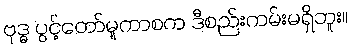
ဗုဒ္ဓ ပွင့်တော်မူကာစက ဒီစည်းကမ်းမရှိဘူး။